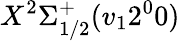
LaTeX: X^{2}\Sigma_{1/2}^{+}(v_{1}2^{0}0)